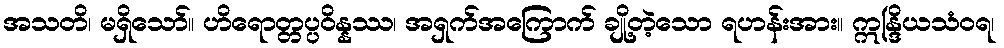
အသတိ၊ မရှိသော်။ ဟိရောတ္တပ္ပဝိန္နဿ၊ အရှက်အကြောက် ချို့တဲ့သော ရဟန်းအား။ ဣန္ဒြိယသံဝရ၊